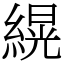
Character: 縨